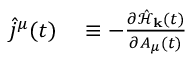
\begin{array} { r l } { \hat { j } ^ { \mu } ( t ) } & { { } \equiv - \frac { \partial \hat { \mathcal { H } } _ { \mathbf { k } } ( t ) } { \partial A _ { \mu } ( t ) } } \end{array}